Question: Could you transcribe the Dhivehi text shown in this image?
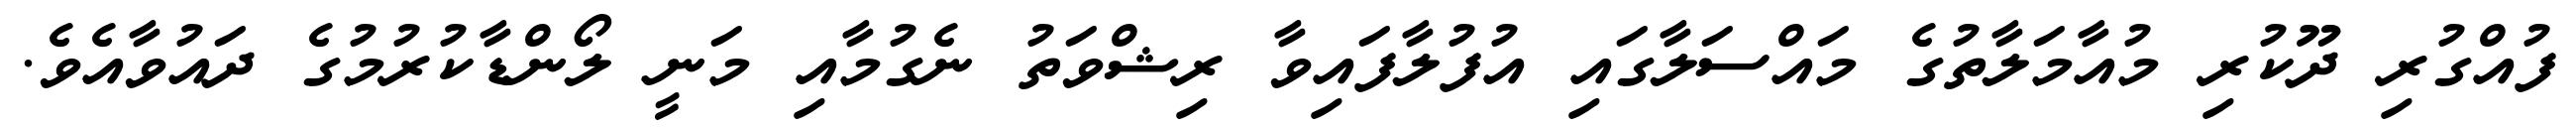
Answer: ފުއްގުރި ދޫކުރި މުއާމަލާތުގެ މައްސަލާގައި އުފުލާފައިވާ ރިޝްވަތު ނެގުމާއި މަނީ ލޯންޑާކުރުމުގެ ދައުވާއެވެ.